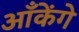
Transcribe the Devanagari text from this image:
आँकेंगे